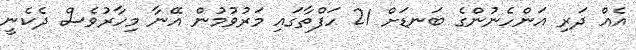
އެއް ދަރި އަންހެނުންގެ ބަނޑަށް 21 ހަފްތާގައި މަރުވުމުން އޭނާ މިހާރުވެސް ދެކެނީ